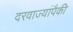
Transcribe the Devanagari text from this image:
दरवाज्यांपैकी